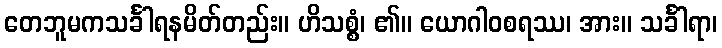
တေဘူမကသင်္ခါရနမိတ်တည်း။ ဟိသစ္စံ၊ ၏။ ယောဂါဝစရဿ၊ အား။ သင်္ခါရာ၊